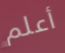
أعلم